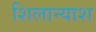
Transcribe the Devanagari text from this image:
शिलान्याश